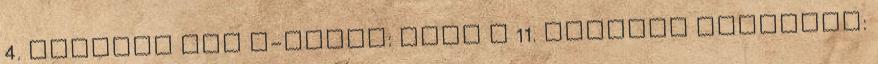
4. évadnak The X-Files: vége a 11. évadnak Timeless: